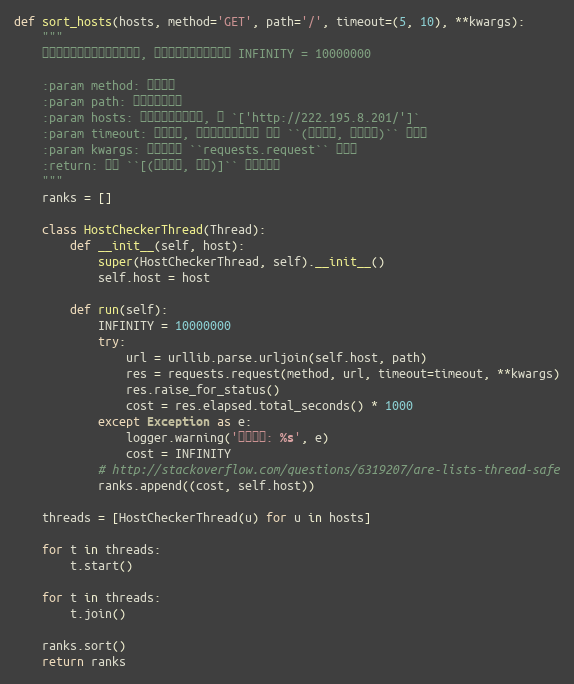
Language: Python
def sort_hosts(hosts, method='GET', path='/', timeout=(5, 10), **kwargs):
    """
    测试各个地址的速度并返回排名, 当出现错误时消耗时间为 INFINITY = 10000000

    :param method: 请求方法
    :param path: 默认的访问路径
    :param hosts: 进行的主机地址列表, 如 `['http://222.195.8.201/']`
    :param timeout: 超时时间, 可以是一个浮点数或 形如 ``(连接超时, 读取超时)`` 的元祖
    :param kwargs: 其他传递到 ``requests.request`` 的参数
    :return: 形如 ``[(访问耗时, 地址)]`` 的排名数据
    """
    ranks = []

    class HostCheckerThread(Thread):
        def __init__(self, host):
            super(HostCheckerThread, self).__init__()
            self.host = host

        def run(self):
            INFINITY = 10000000
            try:
                url = urllib.parse.urljoin(self.host, path)
                res = requests.request(method, url, timeout=timeout, **kwargs)
                res.raise_for_status()
                cost = res.elapsed.total_seconds() * 1000
            except Exception as e:
                logger.warning('访问出错: %s', e)
                cost = INFINITY
            # http://stackoverflow.com/questions/6319207/are-lists-thread-safe
            ranks.append((cost, self.host))

    threads = [HostCheckerThread(u) for u in hosts]

    for t in threads:
        t.start()

    for t in threads:
        t.join()

    ranks.sort()
    return ranks